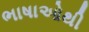
ભાષાઓથી